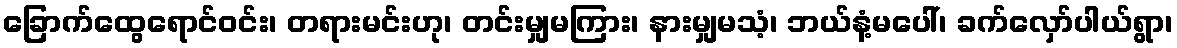
ခြောက်ထွေရောင်ဝင်း၊ တရားမင်းဟု၊ တင်းမျှမကြား၊ နားမျှမသံ့၊ ဘယ်နံ့မပေါ်၊ ခက်လှော်ပါယ်ရွာ၊